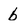
Character: b